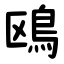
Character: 鴎